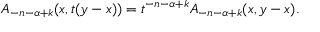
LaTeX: A _ { - n - \alpha + k } ( x , t ( y - x ) ) = t ^ { - n - \alpha + k } A _ { - n - \alpha + k } ( x , y - x ) .